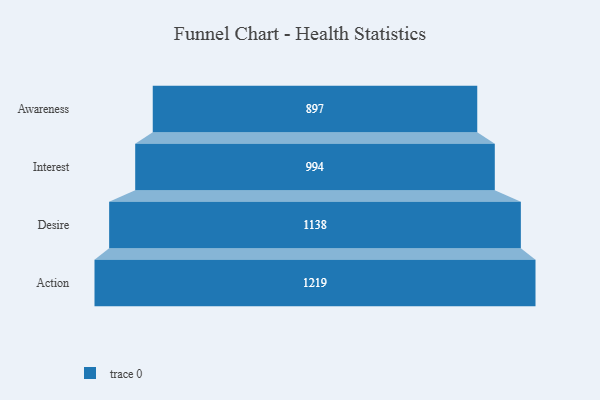
{"axis": {"x": "Stage", "y": "Value"}, "legend": [""], "data": [{"x": "Awareness", "y": 897.0, "type": ""}, {"x": "Interest", "y": 994.0, "type": ""}, {"x": "Desire", "y": 1138.0, "type": ""}, {"x": "Action", "y": 1219.0, "type": ""}]}